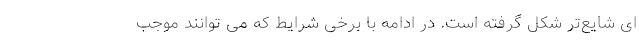
ای شایع‌تر شکل گرفته است. در ادامه با برخی شرایط که می توانند موجب